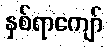
နှစ်ရာကျော်